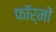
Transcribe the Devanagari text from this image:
फाॅर्मों